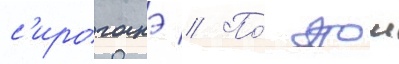
с'ироганэ // По́ этои